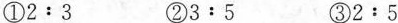
①$$2:3$$ ②$$3:5$$ ③$$2:5$$